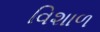
વિશાળ